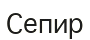
Сепир